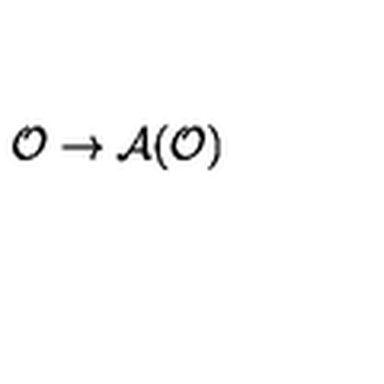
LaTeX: \mathcal { O } \rightarrow \mathcal { A } ( \mathcal { O } )